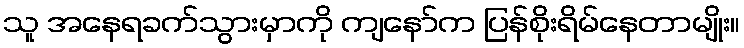
သူ အနေရခက်သွားမှာကို ကျနော်က ပြန်စိုးရိမ်နေတာမျိုး။